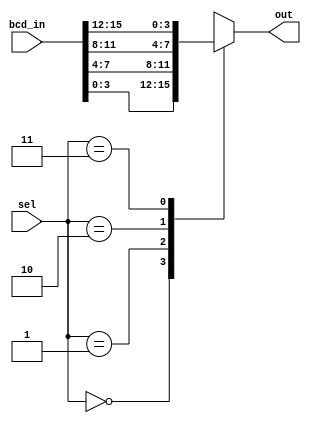
module mux_16x4(sel, bcd_in, out);
    input wire [1:0] sel;// the select of data
    input wire [15:0] bcd_in; // the  full data to be selected from
    output reg [3:0] out; // the out data selected to the 7 segment decoder 

    always @(sel, bcd_in)
     
        case (sel)
          //assignig the data out accroding to select value
            2'b00: out <= bcd_in[3:0];
            2'b01: out <= bcd_in[7:4];
            2'b10: out <= bcd_in[11:8];
            2'b11: out <= bcd_in[15:12];
            default: out <= 4'b0;
        endcase
    
endmodule